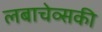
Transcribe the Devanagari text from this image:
लबाचेव्सकी